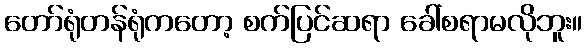
တော်ရုံတန်ရုံကတော့ စက်ပြင်ဆရာ ခေါ်စရာမလိုဘူး။